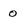
Character: 0